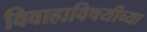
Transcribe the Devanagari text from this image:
विवाहाविषयीच्या